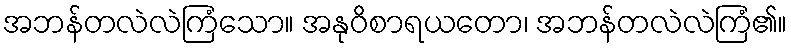
အဘန်တလဲလဲကြံသော။ အနုဝိစာရယတော၊ အဘန်တလဲလဲကြံ၏။